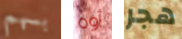
بسهم أوه هجر